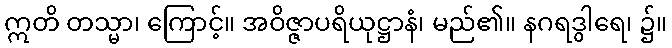
ဣတိ တသ္မာ၊ ကြောင့်။ အဝိဇ္ဇာပရိယုဋ္ဌာနံ၊ မည်၏။ နဂရဒွါရေ၊ ၌။